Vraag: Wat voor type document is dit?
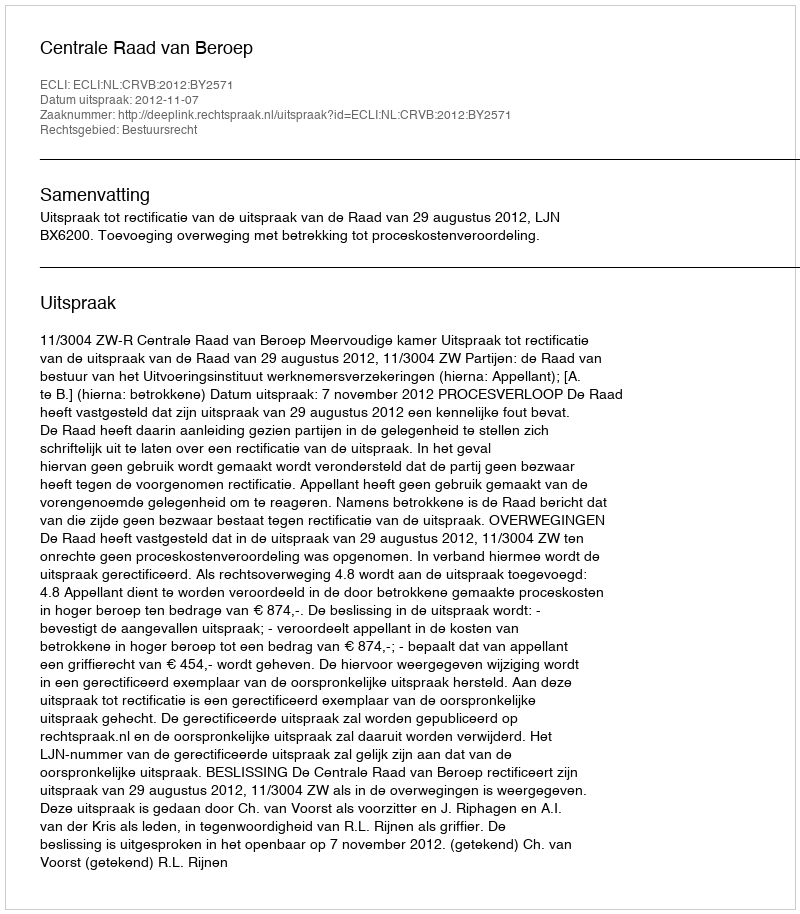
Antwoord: Uitspraak